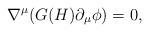
LaTeX: \begin{align*} \nabla^\mu(G(H)\partial_\mu\phi)=0,\end{align*}